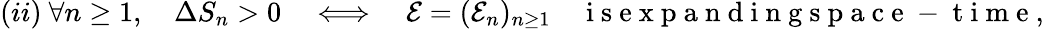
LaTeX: (ii)\ \forall n\geq 1,\quad\Delta S_{n}>0\quad\Longleftrightarrow\quad{\mathcal E}=({\mathcal E_{n}})_{n\geq 1}\quad\mathrm{~i~s~e~x~p~a~n~d~i~n~g~s~p~a~c~e~-~t~i~m~e~},